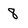
Character: 8